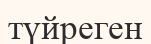
түйреген